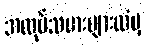
အလုပ်သမားများထံမှ